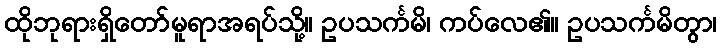
ထိုဘုရားရှိတော်မူရာအရပ်သို့။ ဥပသင်္ကမိ၊ ကပ်လေ၏။ ဥပသင်္ကမိတွာ၊